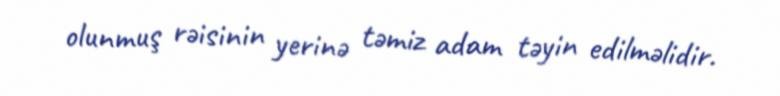
olunmuş rəisinin yerinə təmiz adam təyin edilməlidir.